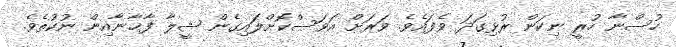
ހުސްނާ ހުރީ ނިކަން ރުޅިގަދަ ވެފައެވެ. ވަރަށް އަވަސްކޮށްލަައިގެން ޝީލާ ފާޚާނާއިން ނުކުތެވެ.